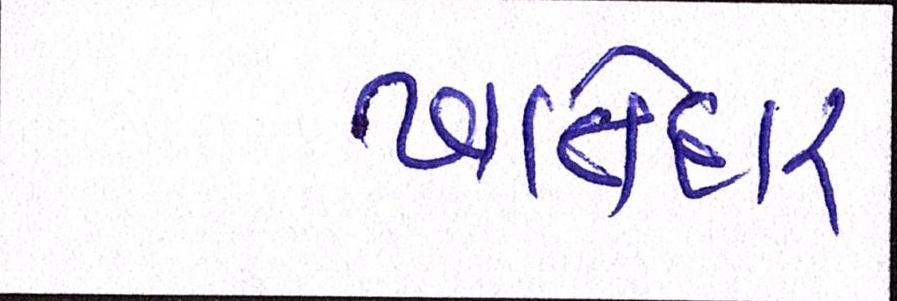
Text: ખાતેદાર